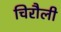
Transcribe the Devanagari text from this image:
चिरौली